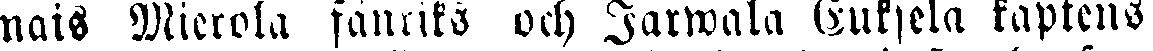
nais Mierola fänriks och Jarwala Euksela kaptens